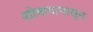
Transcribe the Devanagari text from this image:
शोषणापासून